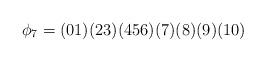
LaTeX: \begin{align*}\phi_7=(01)(23)(456)(7)(8)(9)(10)\end{align*}